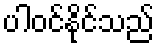
ပါဝင်နိုင်သည်